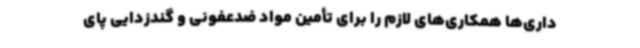
داری‌ها همکاری‌های لازم را برای تأمین مواد ضدعفونی و گندزدایی پای